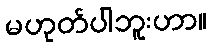
မဟုတ်ပါဘူးဟာ။